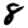
Digit: 8